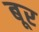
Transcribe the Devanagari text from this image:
बूर